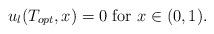
LaTeX: \begin{align*}u_l(T_{opt}, x) = 0 \mbox{ for } x \in (0, 1).\end{align*}